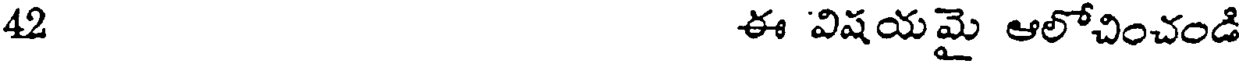
42 ఈ విషయమై ఆలోచించండి